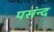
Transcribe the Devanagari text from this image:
पसंन्द